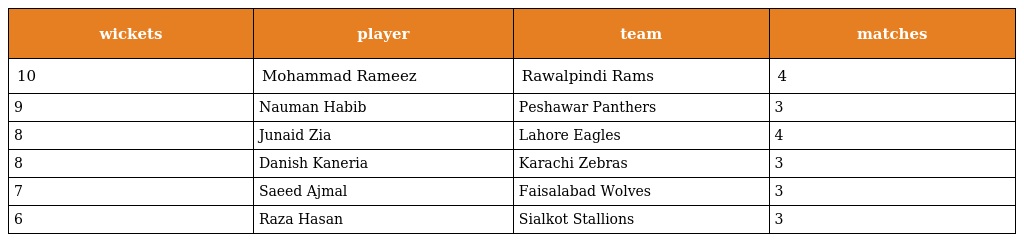
| wickets | player | team | matches |
 | --- | --- | --- | --- |
 | 10 | Mohammad Rameez | Rawalpindi Rams | 4 |
 | 9 | Nauman Habib | Peshawar Panthers | 3 |
 | 8 | Junaid Zia | Lahore Eagles | 4 |
 | 8 | Danish Kaneria | Karachi Zebras | 3 |
 | 7 | Saeed Ajmal | Faisalabad Wolves | 3 |
 | 6 | Raza Hasan | Sialkot Stallions | 3 |